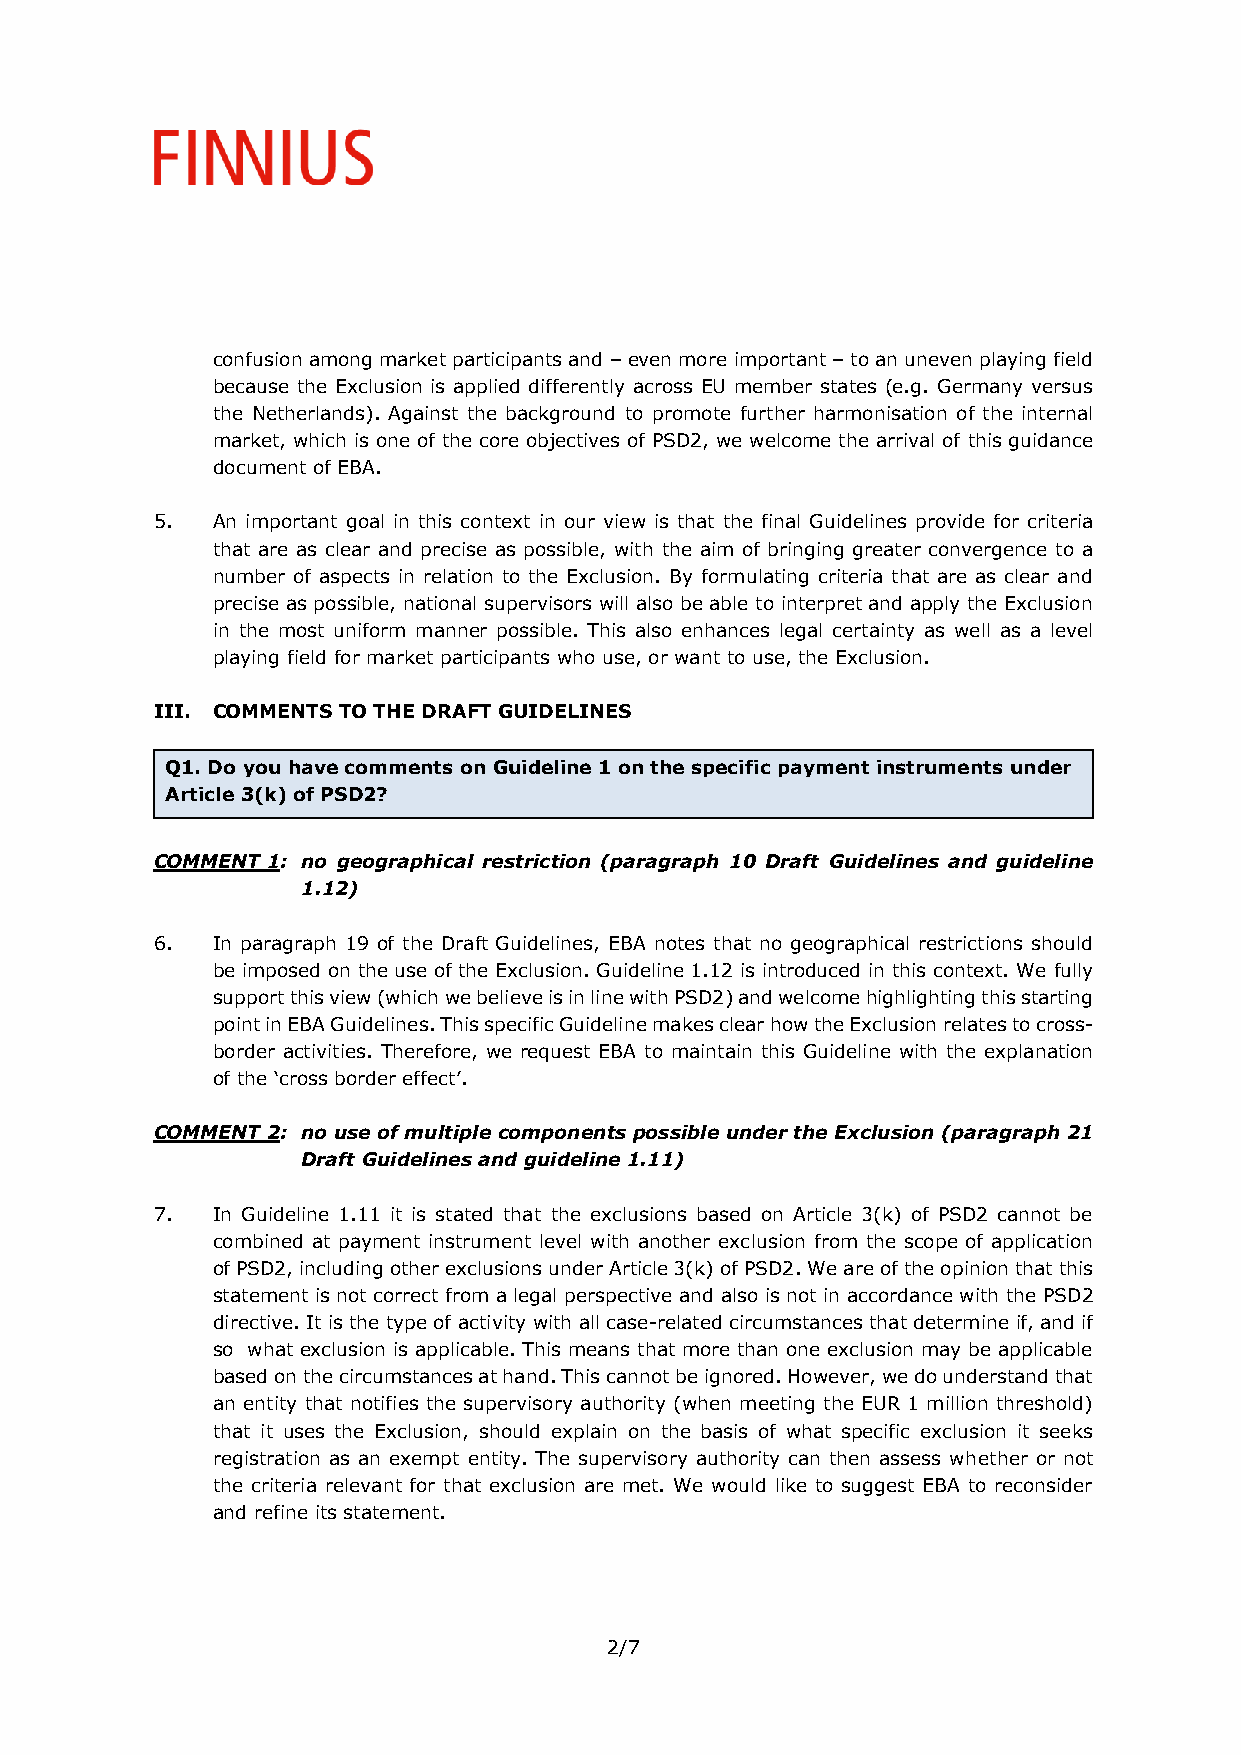
confusion among market participants and – even more important – to an uneven playing field
 because the Exclusion is applied differently across EU member states (e.g. Germany versus
 the Netherlands). Against the background to promote further harmonisation of the internal
 market, which is one of the core objectives of PSD2, we welcome the arrival of this guidance
 document of EBA.
 5.  An important goal in this context in our view is that the final Guidelines provide for criteria
 that are as clear and precise as possible, with the aim of bringing greater convergence to a
 number of aspects in relation to the Exclusion. By formulating criteria that are as clear and
 precise as possible, national supervisors will also be able to interpret and apply the Exclusion
 in the most uniform manner possible. This also enhances legal certainty as well as a level
 playing field for market participants who use, or want to use, the Exclusion.
 III. COMMENTS TO THE DRAFT GUIDELINES
 Q1. Do you have comments on Guideline 1 on the specific payment instruments under
 Article 3(k) of PSD2?
 COMMENT 1: no geographical restriction (paragraph 10 Draft Guidelines and guideline
 1.12)
 6.  In paragraph 19 of the Draft Guidelines, EBA notes that no geographical restrictions should
 be imposed on the use of the Exclusion. Guideline 1.12 is introduced in this context. We fully
 support this view (which we believe is in line with PSD2) and welcome highlighting this starting
 point in EBA Guidelines. This specific Guideline makes clear how the Exclusion relates to cross-
 border activities. Therefore, we request EBA to maintain this Guideline with the explanation
 of the ‘cross border effect’.
 COMMENT 2: no use of multiple components possible under the Exclusion (paragraph 21
 Draft Guidelines and guideline 1.11)
 7.  In Guideline 1.11 it is stated that the exclusions based on Article 3(k) of PSD2 cannot be
 combined at payment instrument level with another exclusion from the scope of application
 of PSD2, including other exclusions under Article 3(k) of PSD2. We are of the opinion that this
 statement is not correct from a legal perspective and also is not in accordance with the PSD2
 directive. It is the type of activity with all case-related circumstances that determine if, and if
 so what exclusion is applicable. This means that more than one exclusion may be applicable
 based on the circumstances at hand. This cannot be ignored. However, we do understand that
 an entity that notifies the supervisory authority (when meeting the EUR 1 million threshold)
 that it uses the Exclusion, should explain on the basis of what specific exclusion it seeks
 registration as an exempt entity. The supervisory authority can then assess whether or not
 the criteria relevant for that exclusion are met. We would like to suggest EBA to reconsider
 and refine its statement.
 2/7